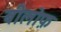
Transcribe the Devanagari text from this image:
बीलोफ़